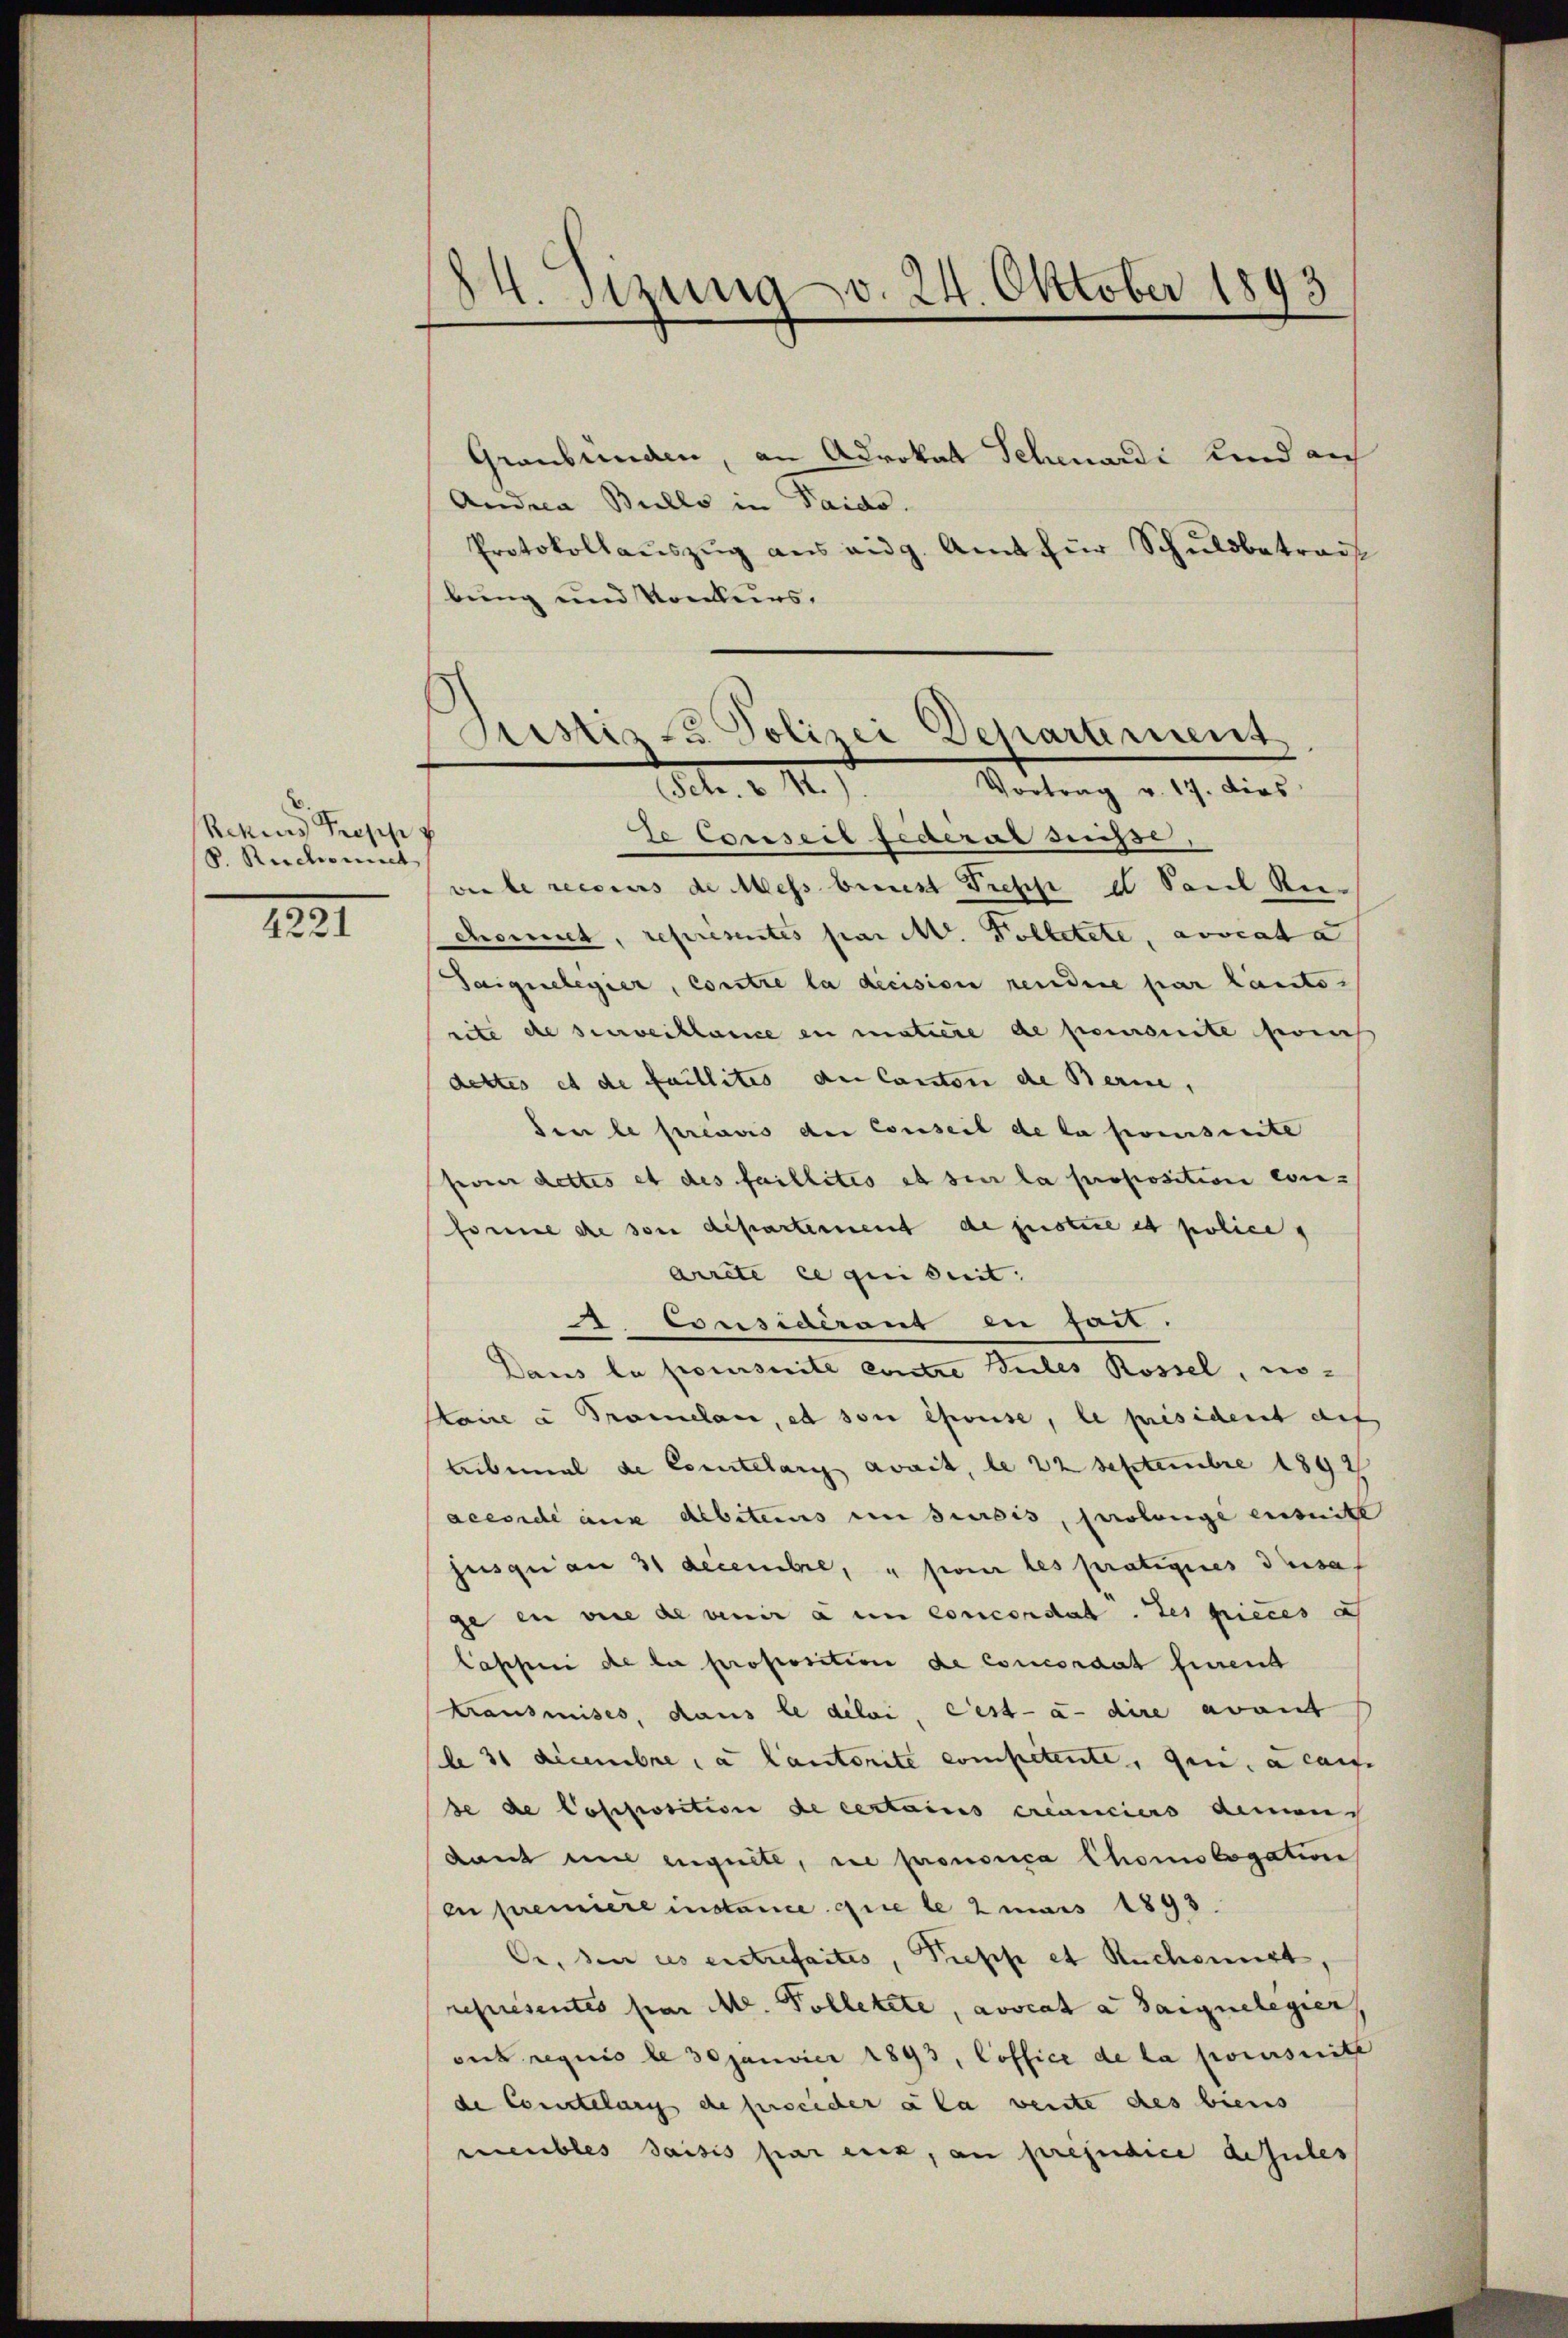
Rekurs Profes
P. Ruchonnet

4221

14. Sizung v. 24. Oktober 1893

Graubünden, an Advokat Schenardi Kind auch
Andrea Bullo in Taido.
Protokollaŭszŭg ans eidg. Amt für Schuldbetrags
bung und Konkurs,

Grestiz u. Polizei Departement
Vortrag v. 17. dies
Feb. v. M.

Se Exrseit fratrat suisse
vie le recours de Mess bienst Trepp d Paul Re-
choenet, representes par Mr. Folletete, avveat a
Saiguelegier, constie la decision rendere par laute
rite de surveiklance en matiere de poromite sic
dettes et de faillites der Canton de Bern,
den le préavis der conseil de la prescrite
poner dettes et des faillités et sei la proposition con-
forme de son departement de justice et police
Arrete ce qui suit: |
 Considerang in soll.
Dans la poursuite eintre Bules Rossel, wo-
Stoire à Fromelen, et son épouse, le président auf
Libemal de Comitelary avait, le 22 Septembre 1892
accorde aus Albiteurs unsereis, prolonge entritt
jusquam 31 decembre, u sein les pratigenes dersel
je in vie de venir à un concordat. des pieces a
lappei de la proposition de concordat fierend
kransmises, dans le diloi, cest - a. dire avant
le 31 decembre a lautorite competente, qui a cause
se de Cosposition de certaines créanciers demand
dant in eignete, ne prononica Chomologation
en premiere instance que le 2 mais 1893
de, den des entrefaites, Treppe et Ruchornst,
représentés par M. Polletete, avocat a Saignelegier
oit requis le 30 Janvier 1893, Coffice de la poursuite
de Comdtelung die freicher a la vente des biens
meubles saisis par ruck, an préjudice Aisules